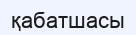
қабатшасы